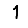
Digit: 1